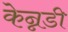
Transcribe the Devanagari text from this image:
केन्नडी